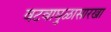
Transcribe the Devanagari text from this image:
वटवाघुळासारखा